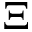
\Xi